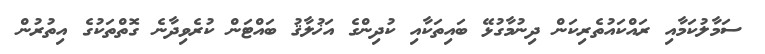
ސަމާލުކަމާއި ރައްކައުތެރިކަން ދިނުމާގުޅޭ ބައިތަކާއި ކުދިންގެ އަޚުލާޤު ބައްޓަން ކުރެވިދާނެ ގޮތްތަކުގެ އިތުރުން